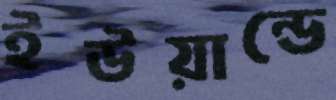
ইউয়ান্ডে